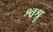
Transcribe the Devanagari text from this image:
श्वश्रू